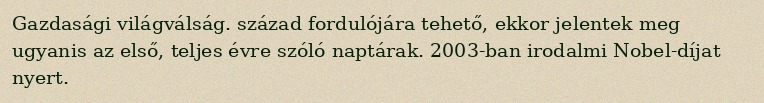
Gazdasági világválság. század fordulójára tehető, ekkor jelentek meg ugyanis az első, teljes évre szóló naptárak. 2003-ban irodalmi Nobel-díjat nyert.